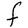
Character: F